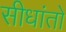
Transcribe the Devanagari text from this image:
सीधांतो